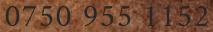
0750 955 1152